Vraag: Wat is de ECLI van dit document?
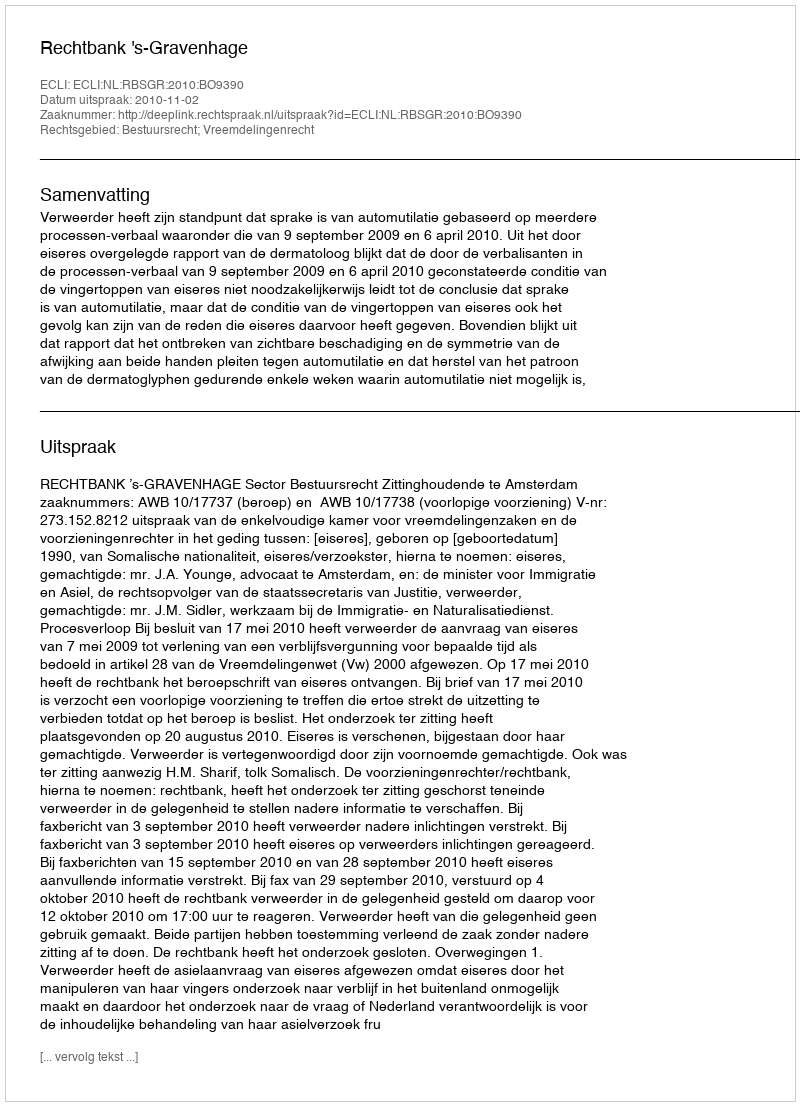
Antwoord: ECLI:NL:RBSGR:2010:BO9390